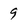
Character: 9